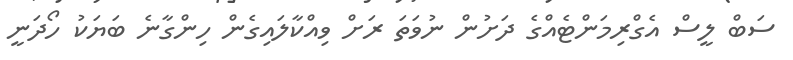
ސަބް ލީސް އެގްރިމަންޓެއްގެ ދަށުން ނުވަތަ ރަށް ވިއްކާލައިގެން ހިންގާނެ ބަޔަކު ހޯދަނީ